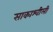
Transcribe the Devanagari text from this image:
साकाश्वीली